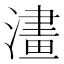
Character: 澅